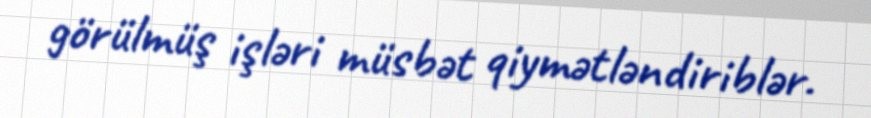
görülmüş işləri müsbət qiymətləndiriblər.